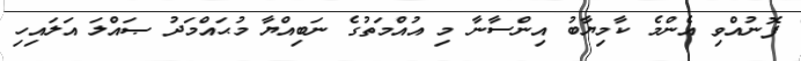
ފޮނުއްވި އެންމެ ކާމިޔާބު އިންސާނާ މި އުއްމަތުގެ ނަބިއްޔާ މުޙައްމަދު ޞައްލަ އަލައިހި